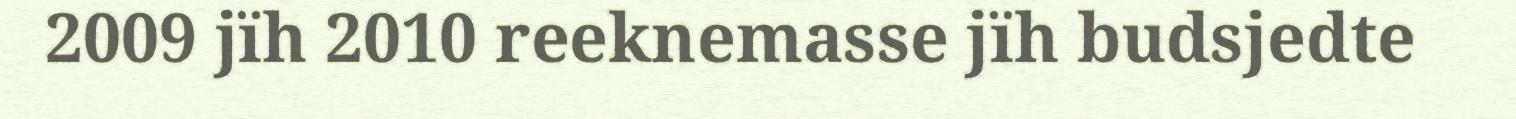
2009 jïh 2010 reeknemasse jïh budsjedte